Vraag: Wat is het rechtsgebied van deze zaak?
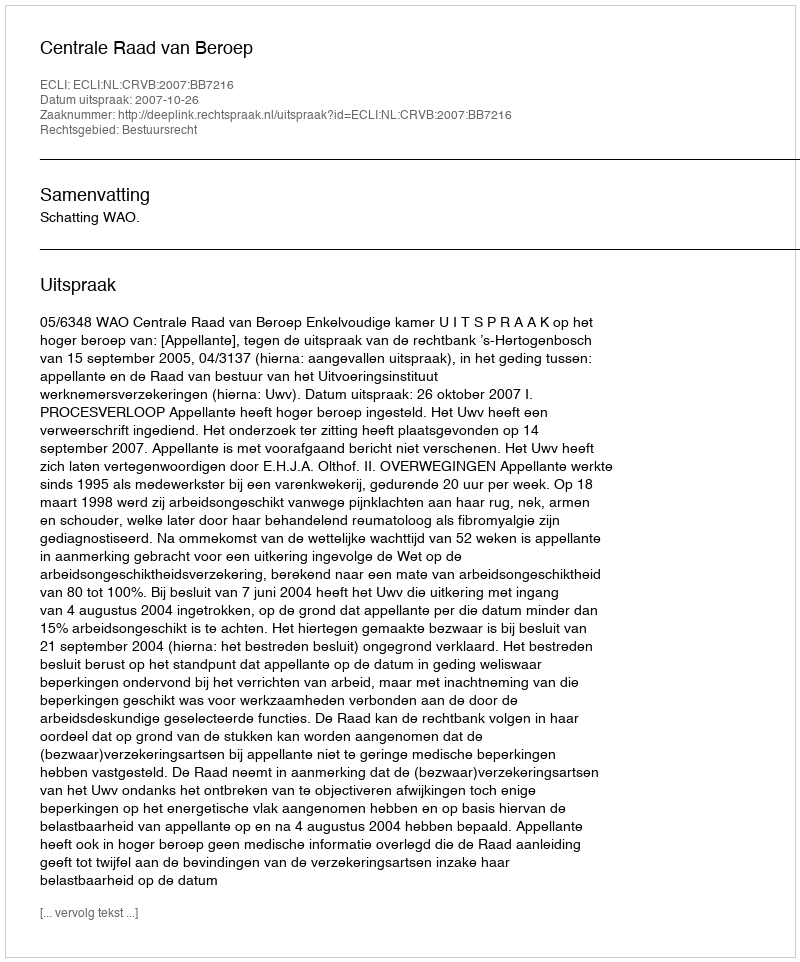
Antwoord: Bestuursrecht